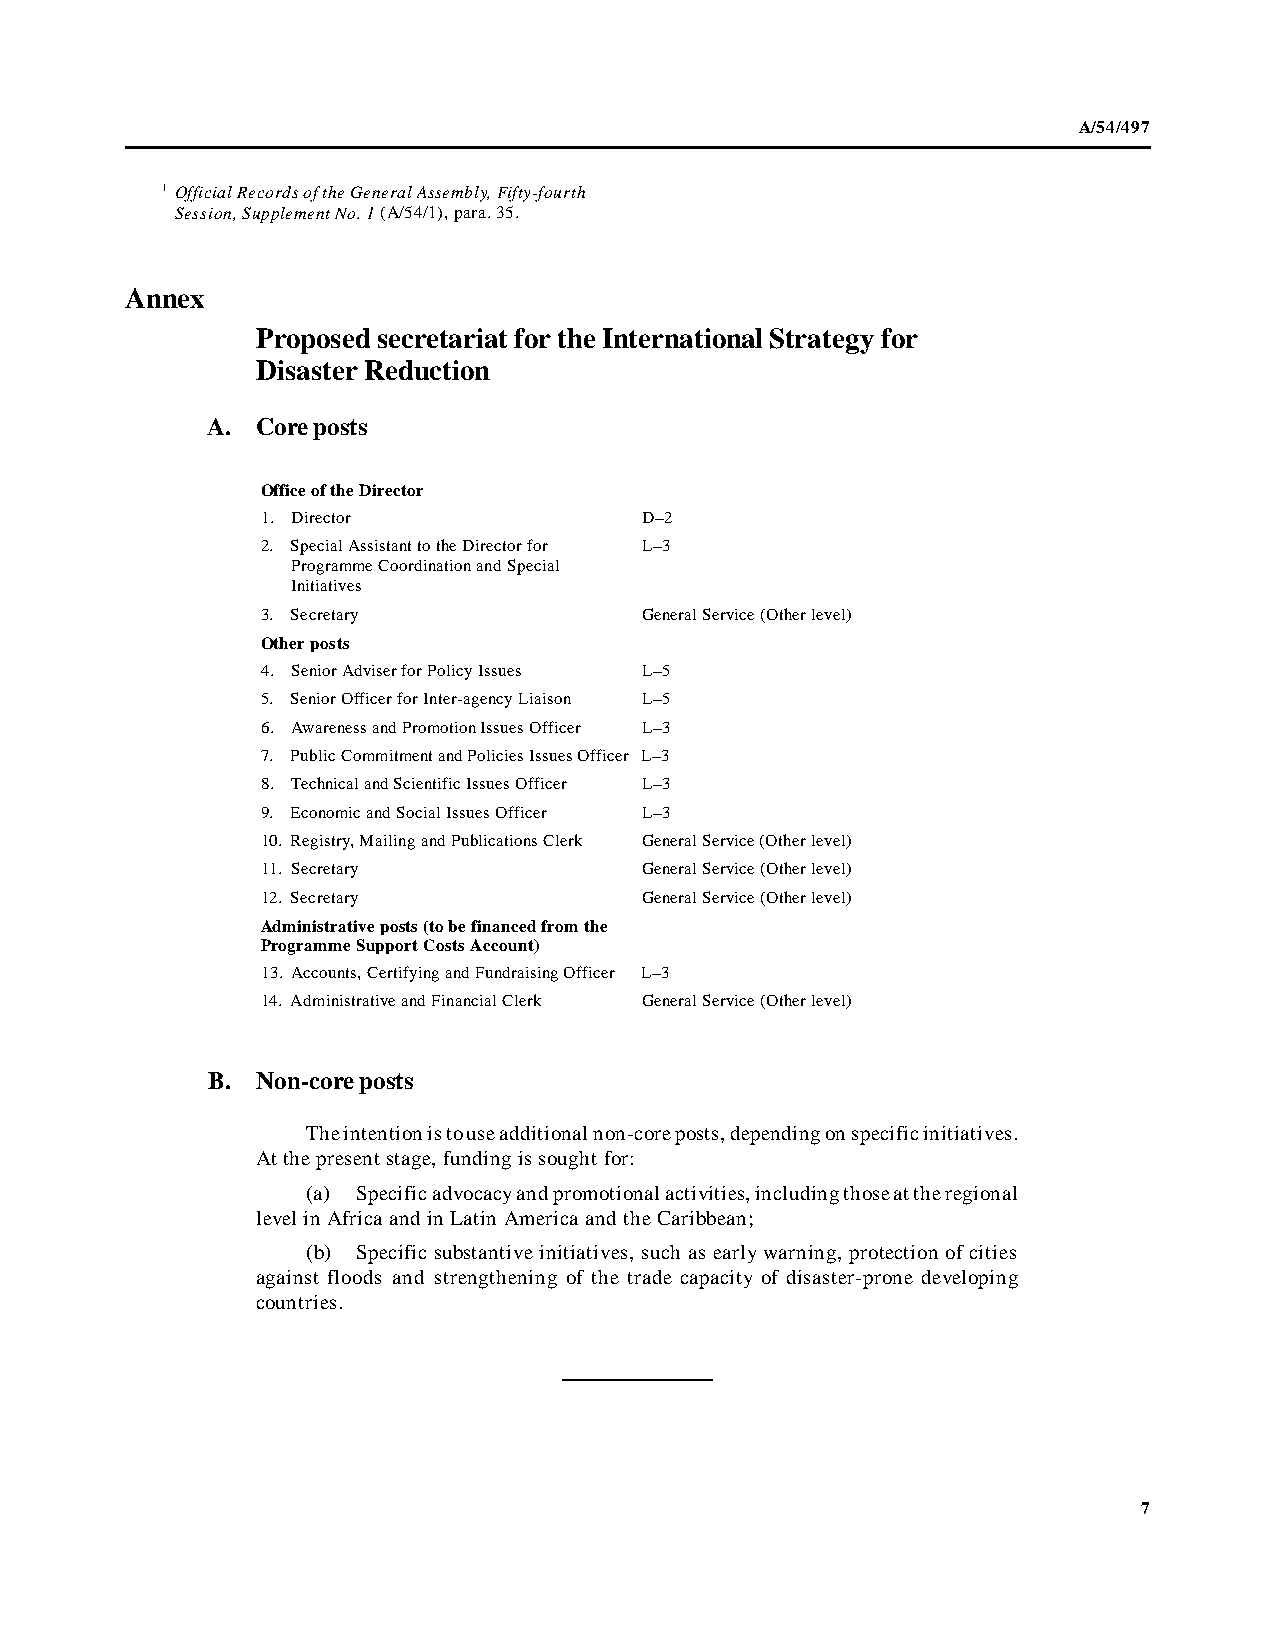
A/54/497
 1 Official Records of the General Assembly, Fifty-fourth
 Session, Supplement No. 1 (A/54/1), para. 35.
 Annex
 Proposed secretariat for the International Strategy for
 Disaster Reduction
 A. Core posts
 Office of the Director
 1. Director              D–2
 2. Special Assistant to the Director for L–3
 Programme Coordination and Special
 Initiatives
 3. Secretary             General Service (Other level)
 Other posts
 4. Senior Adviser for Policy Issues L–5
 5. Senior Officer for Inter-agency Liaison L–5
 6. Awareness and Promotion Issues Officer L–3
 7. Public Commitment and Policies Issues Officer L–3
 8. Technical and Scientific Issues Officer L–3
 9. Economic and Social Issues Officer L–3
 10. Registry, Mailing and Publications Clerk General Service (Other level)
 11. Secretary            General Service (Other level)
 12. Secretary            General Service (Other level)
 Administrative posts (to be financed from the
 Programme Support Costs Account)
 13. Accounts, Certifying and Fundraising Officer L–3
 14. Administrative and Financial Clerk General Service (Other level)
 B. Non-core posts
 The intention is to use additional non-core posts, depending on specific initiatives.
 At the present stage, funding is sought for:
 (a) Specific advocacy and promotional activities, including those at the regional
 level in Africa and in Latin America and the Caribbean;
 (b) Specific substantive initiatives, such as early warning, protection of cities
 against floods and strengthening of the trade capacity of disaster-prone developing
 countries.
 7